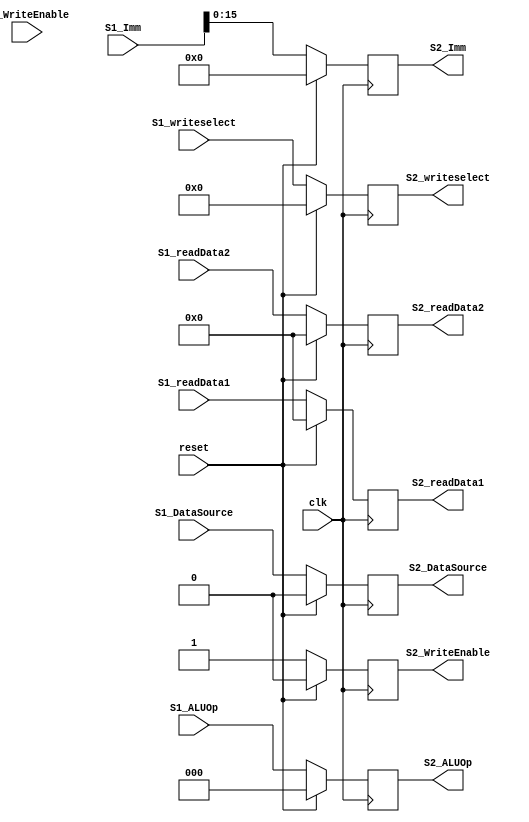
`timescale 1ns / 1ps
//////////////////////////////////////////////////////////////////////////////////
// Company: 
// Engineer: 
// 
// Design Name: 
// Module Name:    stage2 
// Project Name: 
// Target Devices: 
// Tool versions: 
// Description: 
//
// Dependencies: 
//
// Revision: 
// Revision 0.01 - File Created
// Additional Comments: 
//
//////////////////////////////////////////////////////////////////////////////////
module stage2(S2_readData1,S2_readData2,S2_ALUOp, S2_DataSource,S2_Imm, S2_writeselect,S2_WriteEnable, 
					S1_readData1,S1_readData2, S1_ALUOp, S1_DataSource, S1_Imm, S1_writeselect, S1_WriteEnable, reset, clk);

input [31:0]S1_readData1, S1_readData2, S1_Imm;
input [4:0] S1_writeselect;
input [2:0] S1_ALUOp;
input  S1_DataSource, S1_WriteEnable, reset, clk; 

output reg[31:0] S2_readData1, S2_readData2;
output reg[15:0]S2_Imm;
output reg[4:0] S2_writeselect;
output reg[2:0] S2_ALUOp;
output reg S2_DataSource;
output reg S2_WriteEnable;

always@(posedge clk)
		begin
		if (reset)
			begin // if reset set to 0
			S2_readData1 <= 5'd0;
			S2_readData2 <= 5'd0;
			S2_writeselect <= 5'd0;
			S2_WriteEnable <= 1'b0;
			S2_Imm <= 16'b0;
			S2_DataSource <= 1'b0;
			S2_ALUOp <= 3'b0;
			
			
			
			
			end
		else
			begin // set output of stage 2 to equal output of stage 1
			S2_readData1 <= S1_readData1;
			S2_readData2 <= S1_readData2;
			S2_writeselect <= S1_writeselect;
			S2_WriteEnable <= 1'b1;
			S2_Imm <= S1_Imm;
			S2_DataSource <=S1_DataSource;
			S2_ALUOp <= S1_ALUOp;
			
			
			
			end
		end

endmodule